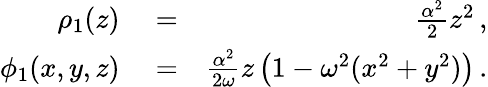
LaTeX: \begin{array}{rlr}{\rho_{1}(z)}&{{}=}&{\frac{\alpha^{2}}{2}z^{2}\, ,}\\ {\phi_{1}(x,y,z)}&{{}=}&{\frac{\alpha^{2}}{2\omega}z\left(1-\omega^{2}(x^{2}+y^{2})\right)\, .}\end{array}